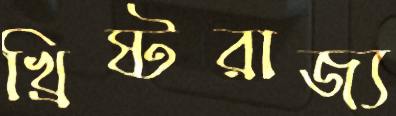
খ্রিষ্টরাজ্য